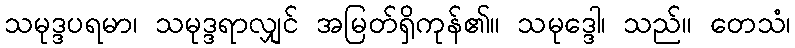
သမုဒ္ဒပရမာ၊ သမုဒ္ဒရာလျှင် အမြတ်ရှိကုန်၏။ သမုဒ္ဒေါ၊ သည်။ တေသံ၊